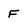
Character: F